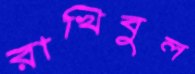
রাখিবুল